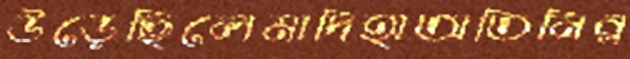
উড়েছিলেমাদিহাঅতিনির্